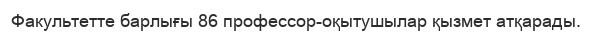
Факультетте барлығы 86 профессор-оқытушылар қызмет атқарады.